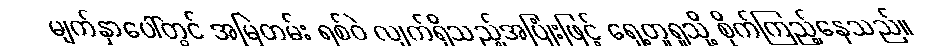
မျက်နှာပေါ်တွင် အမြဲတမ်း ရစ်ဝဲ လျက်ရှိသည့်အပြုံးဖြင့် ရှေ့တူရူသို့ စိုက်ကြည့်နေသည်။